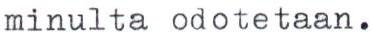
minulta odotetaan.